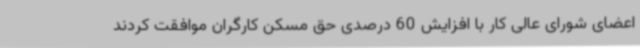
اعضای شورای عالی کار با افزایش 60 درصدی حق مسکن کارگران موافقت کردند